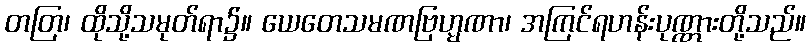
တတြ၊ ထိုသို့သမုတ်ရာ၌။ ယေတေသမဏဗြဟ္မဏာ၊ အကြင်ရဟန်းပုဏ္ဏားတို့သည်။